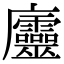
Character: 𢌔